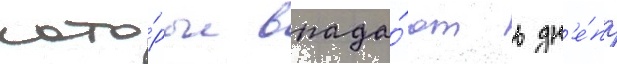
кото́рые впада́ют в дн'е́пр